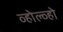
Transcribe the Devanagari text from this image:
व्होल्व्हो